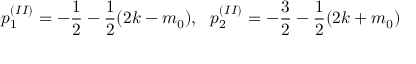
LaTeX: p _ { 1 } ^ { ( I I ) } = - \frac { 1 } { 2 } - \frac { 1 } { 2 } ( 2 k - m _ { 0 } ) , ~ ~ p _ { 2 } ^ { ( I I ) } = - \frac { 3 } { 2 } - \frac { 1 } { 2 } ( 2 k + m _ { 0 } )